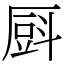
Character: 㕏